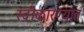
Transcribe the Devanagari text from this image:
स्‍वीकारण्‍यात